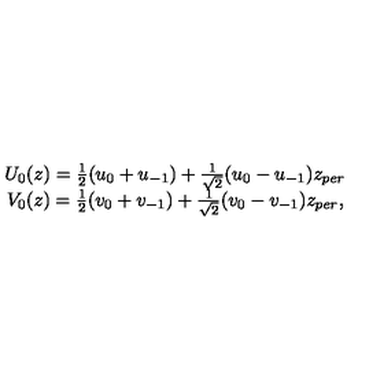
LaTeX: \begin{array} { c } { U _ { 0 } ( z ) = \frac 1 2 ( u _ { 0 } + u _ { - 1 } ) + \frac 1 { \sqrt { 2 } } ( u _ { 0 } - u _ { - 1 } ) z _ { p e r } } \\ { V _ { 0 } ( z ) = \frac 1 2 ( v _ { 0 } + v _ { - 1 } ) + \frac 1 { \sqrt { 2 } } ( v _ { 0 } - v _ { - 1 } ) z _ { p e r } , } \\ \end{array}